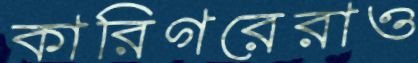
কারিগরেরাও